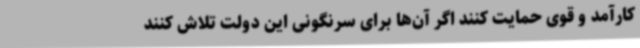
کارآمد و قوی حمایت کنند اگر آن‌ها برای سرنگونی این دولت تلاش کنند